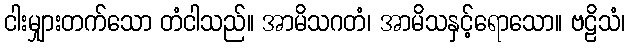
ငါးမျှားတက်သော တံငါသည်။ အာမိသဂတံ၊ အာမိသနှင့်ရောသော။ ဗဠိသံ၊